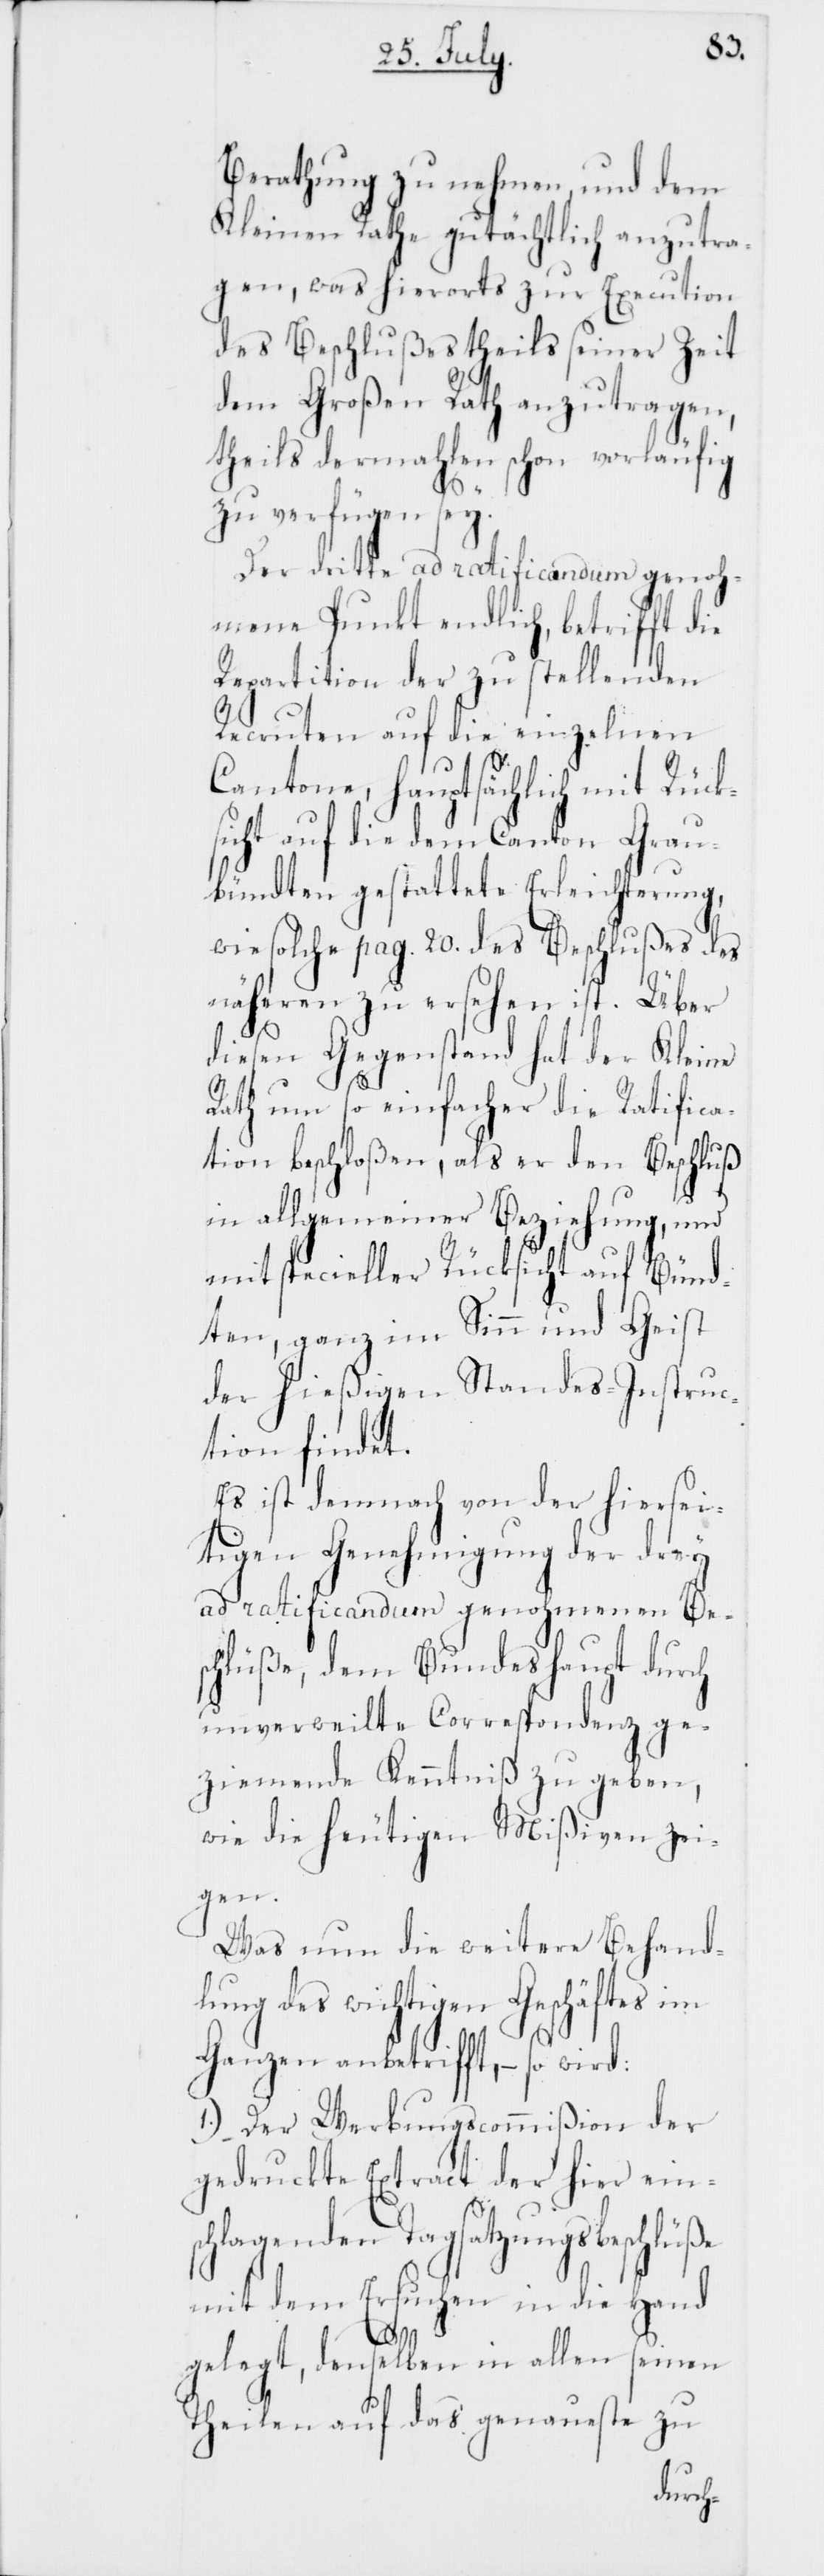
Berathung zu nehmen, und dem
Kleinen Rathe gutächtlich anzutra¬
gen, was hierorts zur Execution
des Beschlußes theils seiner Zeit
dem Großen Rath anzutragen,
theils dermahlen schon vorläufig
zu verfügen sey.
Der dritte ad ratificandum genoh¬
mene Punkt endlich, betrifft die
Repartition der zu stellenden
Recruten auf die einzelnen
Cantone, hauptsächlich mit Rück¬
sicht auf die dem Canton Grau¬
bündten gestattete Erleichterung,
wie solche pag. 20. des Beschlußes des
näheren zu ersehen ist. Über
diesen Gegenstand hat der Kleine
Rath um so einfacher die Ratifica¬
tion beschloßen, als er den Beschluß
in allgemeiner Beziehung, und
mit specieller Rücksicht auf Bünd¬
ten, ganz im Sinn und Geist
der hießigen Standes-Instruc¬
tion findet.
Es ist demnach von der hiersei¬
tigen Genehmigung der drey
ad ratificandum genohmenen Be¬
schlüße, dem Bundeshaupt durch
unverweilte Correspondenz ge¬
ziemende Kenntniß zu geben,
wie die heutigen Mißiven zei¬
gen.
Was nun die weitere Behand¬
lung des wichtigen Geschäftes im
Ganzen anbetrifft, – so wird:
1.) Der Werbungscommißion der
gedruckte Extract der hier ein¬
schlagenden Tagsatzungsbeschlüße
mit dem Ersuchen in die Hand
gelegt, denselben in allen seinen
zu
Theilen auf das genaueste